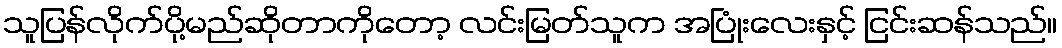
သူပြန်လိုက်ပို့မည်ဆိုတာကိုတော့ လင်းမြတ်သူက အပြုံးလေးနှင့် ငြင်းဆန်သည်။